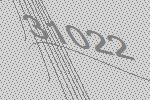
31022